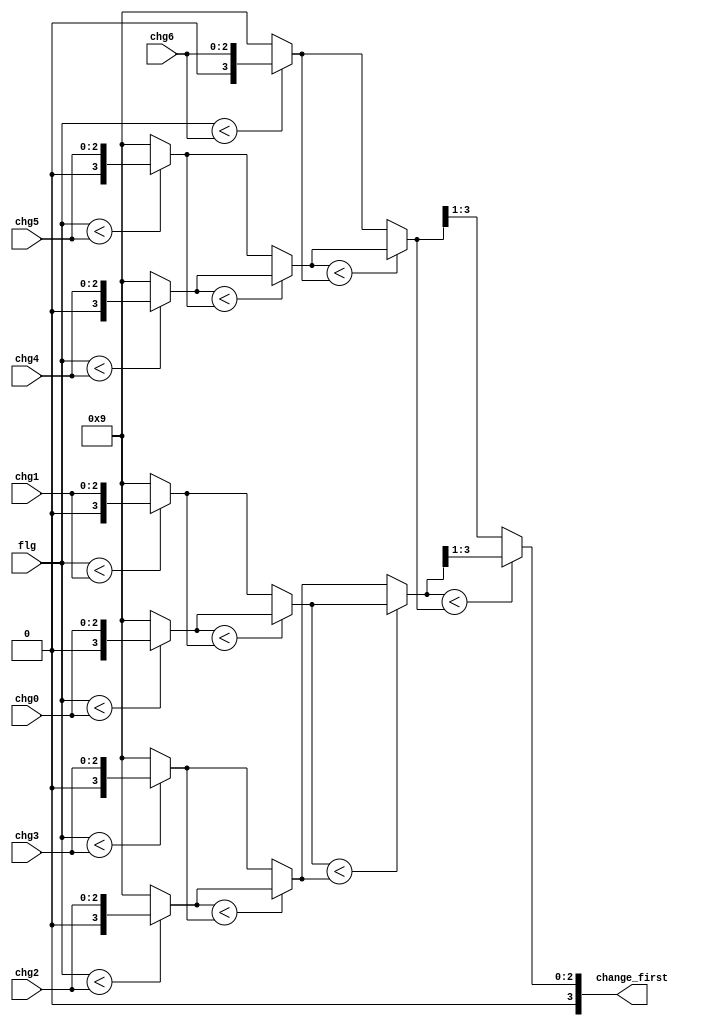
module change_first(flg, chg0, chg1, chg2, chg3, chg4, chg5, chg6, change_first);
    input [2:0] flg, chg0, chg1, chg2, chg3, chg4, chg5, chg6 ;
	wire [3:0] result0 ,result1, result2, result3, result4, result5, result6 , result00, result01, result02, result000, result001;
	output [3:0] change_first ;
	   
	  assign result0 = (flg<chg0)? {1'd0, chg0}: 4'd9 ;
	  assign result1 = (flg<chg1)? {1'd0, chg1}: 4'd9 ;
	  assign result2 = (flg<chg2)? {1'd0, chg2}: 4'd9 ;
	  assign result3 = (flg<chg3)? {1'd0, chg3}: 4'd9 ;
	  assign result4 = (flg<chg4)? {1'd0, chg4}: 4'd9 ;
	  assign result5 = (flg<chg5)? {1'd0, chg5}: 4'd9 ;
	  assign result6 = (flg<chg6)? {1'd0, chg6}: 4'd9 ;
	   
	  assign result00 = (result0<result1)? result0:result1;
	  assign result01 = (result2<result3)? result2:result3;
	  assign result02 = (result4<result5)? result4:result5;
	  
	  assign result000 = (result00<result01)?result00:result01;
	  assign result001 = (result02<result6)?result02:result6;

	  assign change_first = (result000<result001)?result000[3:1]:result001[3:1];
	  
  endmodule